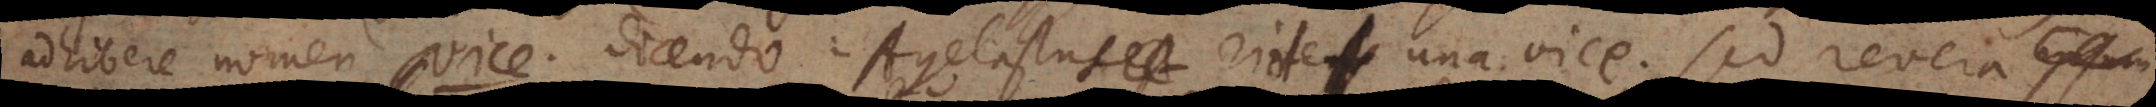
adhibere nomen vice dicendo: Agelastus est ridens ridet una vice, sed revera